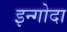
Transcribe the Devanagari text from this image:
इन्गोदा